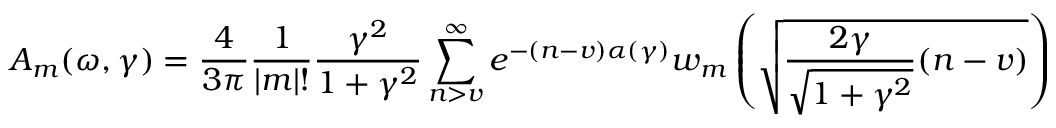
A _ { m } ( \omega , \gamma ) = { \frac { 4 } { 3 \pi } } { \frac { 1 } { | m | ! } } { \frac { \gamma ^ { 2 } } { 1 + \gamma ^ { 2 } } } \sum _ { n > v } ^ { \infty } e ^ { - ( n - v ) \alpha ( \gamma ) } w _ { m } \left( { \sqrt { { \frac { 2 \gamma } { \sqrt { 1 + \gamma ^ { 2 } } } } ( n - v ) } } \right)